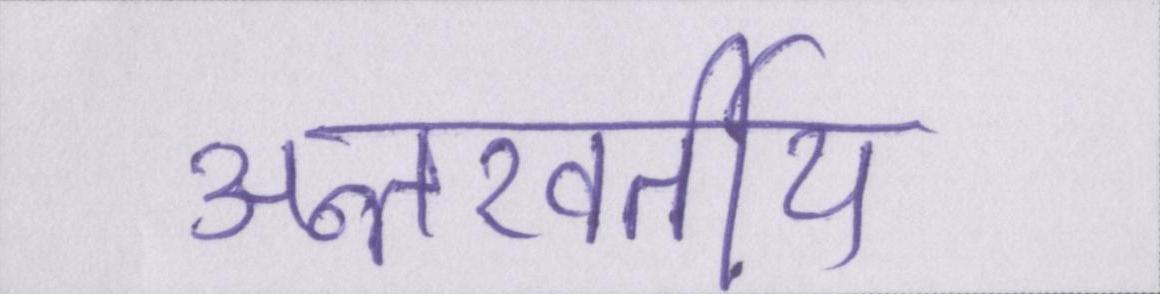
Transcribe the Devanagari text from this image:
अन्तरवर्तीय